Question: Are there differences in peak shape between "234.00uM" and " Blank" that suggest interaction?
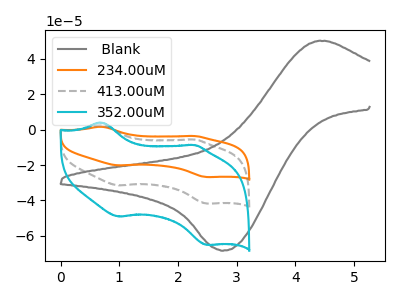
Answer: <think>The gray curve " Blank" has an anodic peak at (4.35V, 50.05uA) and a cathodic peak at (2.80V, -68.35uA). The orange curve "234.00uM" has anodic peaks at (0.70V, 5.20uA) (2.25V, -11.10uA) and cathodic peaks at (1.00V, -62.95uA) (2.50V, -83.50uA). The gray dashed curve "413.00uM" has anodic peaks at (0.70V, 2.60uA) (2.25V, -5.55uA) and cathodic peaks at (1.00V, -31.45uA) (2.50V, -41.75uA). The cyan curve "352.00uM" has anodic peaks at (0.70V, 4.05uA) (2.25V, -8.65uA) and cathodic peaks at (1.00V, -49.05uA) (2.50V, -65.10uA).
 "234.00uM" and " Blank" have a different number of peaks.</think>
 <answer>Yes, "234.00uM" and " Blank" are different in shape.</answer>
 <eval>yes_change</eval>